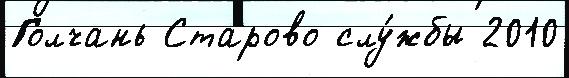
Голчань Старово слу́жбы 2010